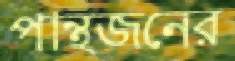
পান্থজনের